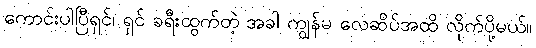
ကောင်းပါပြီရှင်၊ ရှင် ခရီးထွက်တဲ့ အခါ ကျွန်မ လေဆိပ်အထိ လိုက်ပို့မယ်။